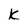
Character: K